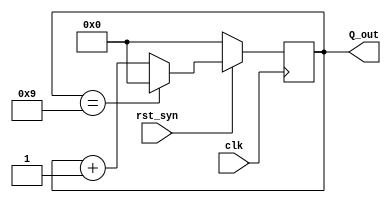


module BCD(clk, rst_syn, Q_out);
    input clk; 
    input rst_syn; 
    output [3:0] Q_out; 
    reg [3:0] Q_out; 

    always@ (posedge clk)
    begin
    if (!rst_syn)
    Q_out = 0;
    else if (Q_out == 9)
        Q_out = 0;
    else
        Q_out = Q_out + 1;
    end
endmodule
//segment
module segment (bcd, seg);
        input bcd;
        output [7:0] seg;
        reg [7:0]seg;
        always @(bcd) begin
            case (bcd)
                1:seg=8'b11000000;
                2:seg=8'b11111001;
                3:seg=8'b10100100;
                4:seg=8'b10100000;
                5:seg=8'b10011001;
                6:seg=8'b10010010;
                7:seg=8'b10000010;
                8:seg=8'b11111000;
                9:seg=8'b10000000;
                10:seg=8'b10010000;
                11:seg=8'b10100000;
                12:seg=8'b10000011;
                13:seg=8'b10100001;
                14:seg=8'b10000100;
                15:seg=8'b11110001;
                default:seg=8'b00000000;
            endcase
        end
endmodule
// 1-bit Synchronous Load
module dff_1 (clk, D, Din, Load, Q4);
input clk, D, Din, Load;
output Q4;
reg Q4;
always@ (posedge clk) 
begin
    if (Load) Q4 = Din;
    else Q4 = D;
end

endmodule